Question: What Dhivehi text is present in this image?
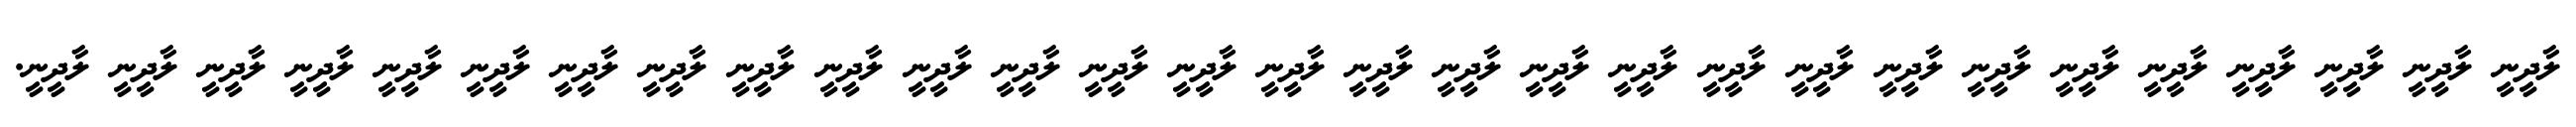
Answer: ލާދީނީ ލާދީނީ ލާދީނީ ލާދީނީ ލާދީނީ ލާދީނީ ލާދީނީ ލާދީނީ ލާދީނީ ލާދީނީ ލާދީނީ ލާދީނީ ލާދީނީ ލާދީނީ ލާދީނީ ލާދީނީ ލާދީނީ ލާދީނީ ލާދީނީ ލާދީނީ ލާދީނީ ލާދީނީ ލާދީނީ ލާދީނީ ލާދީނީ ލާދީނީ ލާދީނީ ލާދީނީ ލާދީނީ.